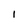
Character: I